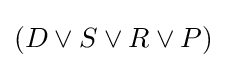
\left(D\vee S\vee R\vee P\right)